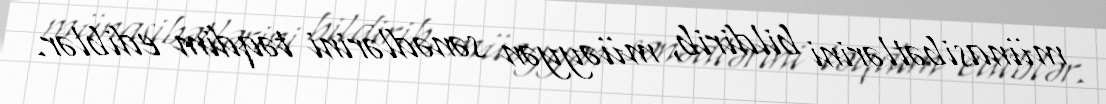
münasibətlərini bildirib, müəyyən sənədlərini təqdim ediblər.